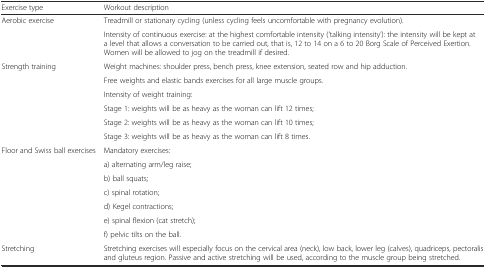
<table><thead><tr><td><b>Exercise type</b></td><td><b>Workout description</b></td></tr></thead><tbody><tr><td rowspan="2">Aerobic exercise</td><td>Treadmill or stationary cycling (unless cycling feels uncomfortable with pregnancy evolution).</td></tr><tr><td>Intensity of continuous exercise: at the highest comfortable intensity (‘talking intensity’): the intensity will be kept at a level that allows a conversation to be carried out, that is, 12 to 14 on a 6 to 20 Borg Scale of Perceived Exertion. Women will be allowed to jog on the treadmill if desired.</td></tr><tr><td rowspan="6">Strength training</td><td>Weight machines: shoulder press, bench press, knee extension, seated row and hip adduction.</td></tr><tr><td>Free weights and elastic bands exercises for all large muscle groups.</td></tr><tr><td>Intensity of weight training:</td></tr><tr><td>Stage 1: weights will be as heavy as the woman can lift 12 times;</td></tr><tr><td>Stage 2: weights will be as heavy as the woman can lift 10 times;</td></tr><tr><td>Stage 3: weights will be as heavy as the woman can lift 8 times.</td></tr><tr><td rowspan="7">Floor and Swiss ball exercises</td><td>Mandatory exercises:</td></tr><tr><td>a) alternating arm/leg raise;</td></tr><tr><td>b) ball squats;</td></tr><tr><td>c) spinal rotation;</td></tr><tr><td>d) Kegel contractions;</td></tr><tr><td>e) spinal flexion (cat stretch);</td></tr><tr><td>f) pelvic tilts on the ball.</td></tr><tr><td>Stretching</td><td>Stretching exercises will especially focus on the cervical area (neck), low back, lower leg (calves), quadriceps, pectoralis and gluteus region. Passive and active stretching will be used, according to the muscle group being stretched.</td></tr></tbody></table>